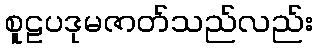
စူဠပဒုမဇာတ်သည်လည်း